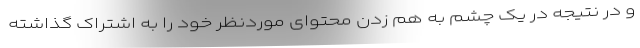
و در نتیجه در یک چشم به هم زدن محتوای موردنظر خود را به اشتراک گذاشته